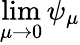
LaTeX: \operatorname*{lim}_{\mu\to 0}\psi_{\mu}